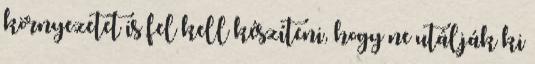
környezetet is fel kell készíteni, hogy ne utálják ki